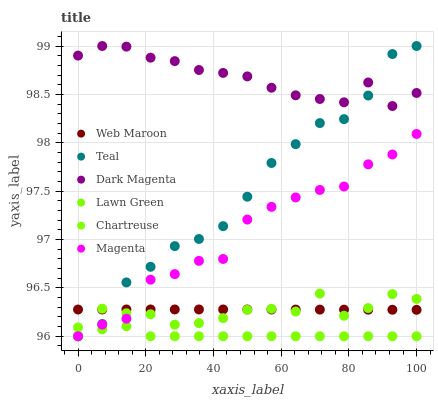
| xaxis_label | Web Maroon | Teal | Dark Magenta | Lawn Green | Chartreuse | Magenta |
 | --- | --- | --- | --- | --- | --- | --- |
 | 0 | 96.3 | 96 | 98.9 | 96 | 96.1 | 96 |
 | 7.14 | 96.3 | 96.1 | 99 | 96.1 | 96.3 | 96.1 |
 | 14.3 | 96.3 | 96.6 | 99 | 96.1 | 96.2 | 96.2 |
 | 21.4 | 96.3 | 96.7 | 98.9 | 96.2 | 96 | 96.6 |
 | 28.6 | 96.3 | 96.9 | 98.8 | 96.1 | 96 | 96.6 |
 | 35.7 | 96.3 | 97 | 98.8 | 96.1 | 96 | 96.8 |
 | 42.9 | 96.3 | 97.1 | 98.7 | 96.2 | 96 | 96.8 |
 | 50 | 96.3 | 97.4 | 98.7 | 96.3 | 96 | 97.2 |
 | 57.1 | 96.3 | 97.8 | 98.6 | 96.3 | 96 | 97.3 |
 | 64.3 | 96.3 | 98 | 98.5 | 96.3 | 96 | 97.4 |
 | 71.4 | 96.3 | 98.2 | 98.5 | 96.4 | 96 | 97.5 |
 | 78.6 | 96.3 | 98.2 | 98.4 | 96.2 | 96 | 97.5 |
 | 85.7 | 96.3 | 98.5 | 98.6 | 96.3 | 96 | 97.8 |
 | 92.9 | 96.3 | 98.9 | 98.4 | 96.4 | 96 | 97.9 |
 | 100 | 96.3 | 99 | 98.5 | 96.4 | 96 | 98.1 |